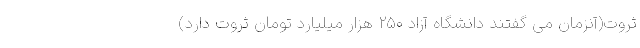
ثروت(آنزمان می گفتند دانشگاه آزاد ۲۵۰ هزار میلیارد تومان ثروت دارد)